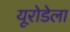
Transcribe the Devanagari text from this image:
यूरोडेला